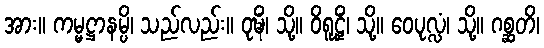
အား။ ကမ္မဋ္ဌာနမ္ပိ၊ သည်လည်း။ ဝုဍ္ဎိံ၊ သို့။ ဝိရူဠှိံ၊ သို့။ ဝေပုလ္လံ၊ သို့။ ဂစ္ဆတိ၊